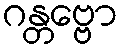
ဂန္တဗ္ဗော